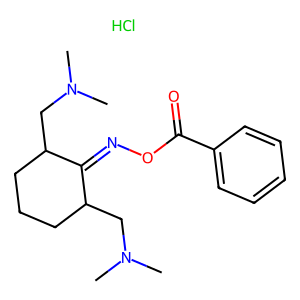
SMILES: CN(C)CC1CCCC(CN(C)C)C1=NOC(=O)c1ccccc1.Cl
Inhibits HIV replication: No